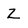
Character: Z